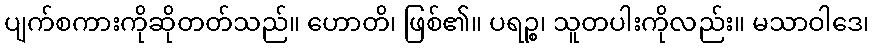
ပျက်စကားကိုဆိုတတ်သည်။ ဟောတိ၊ ဖြစ်၏။ ပရဉ္စ၊ သူတပါးကိုလည်း။ မသာဝါဒေ၊